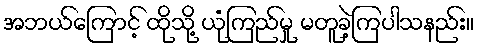
အဘယ်ကြောင့် ထိုသို့ ယုံကြည်မှု မတူခဲ့ကြပါသနည်း။